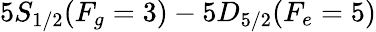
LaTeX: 5S_{1/2}(F_{g}=3)-5D_{5/2}(F_{e}=5)